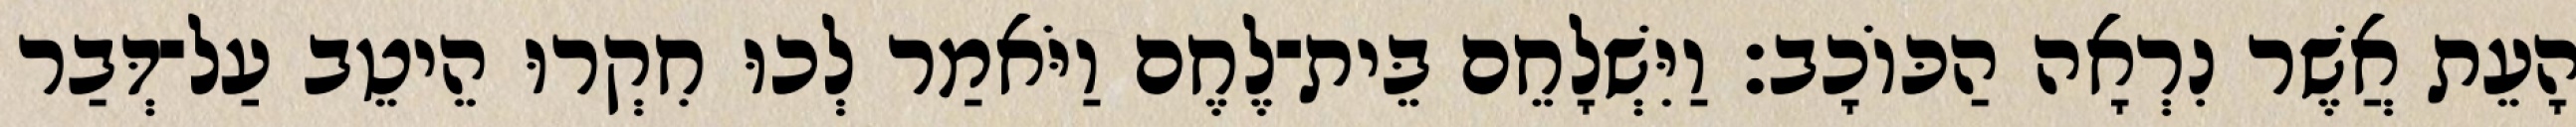
הָעֵת אֲשֶׁר נִרְאָה הַכּוֹכָב׃ וַיִּשְׁלָחֵם בֵּית־לֶחֶם וַיֹּאמַר לְכוּ חִקְרוּ הֵיטֵב עַל־דְּבַר